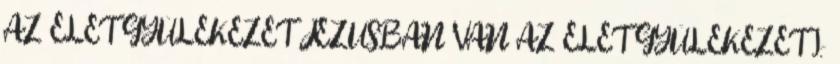
AZ ÉLET GYÜLEKEZET JÉZUSBAN VAN AZ ÉLET GYÜLEKEZET I.